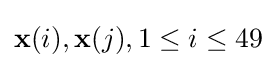
\mathbf {x} (i),\mathbf {x} (j),1\leq i\leq 49